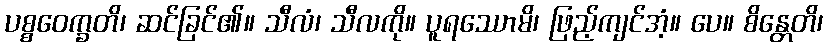
ပစ္စဝေက္ခတိ၊ ဆင်ခြင်၏။ သီလံ၊ သီလကို။ ပူရဿောမိ၊ ဖြည့်ကျင်အံ့။ ပေ။ စိန္တေတိ၊